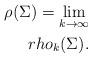
LaTeX: \begin{align*}\rho(\Sigma)=\lim_{k\rightarrow \infty} \\rho_k(\Sigma).\end{align*}